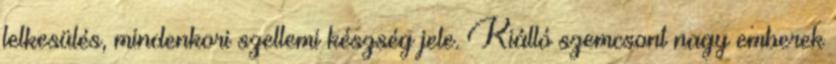
lelkesülés, mindenkori szellemi készség jele. Kiálló szemcsont nagy emberek